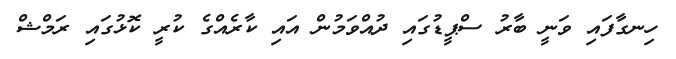
ހިނގާފައި ވަނީ ބާރު ސްޕީޑުގައި ދުއްވަމުން އައި ކާރެއްގެ ކުރީ ކޮޅުުގައި ރަމްޝް